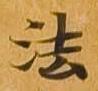
法